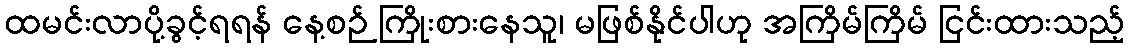
ထမင်းလာပို့ခွင့်ရရန် နေ့စဉ် ကြိုးစားနေသူ၊ မဖြစ်နိုင်ပါဟု အကြိမ်ကြိမ် ငြင်းထားသည့်